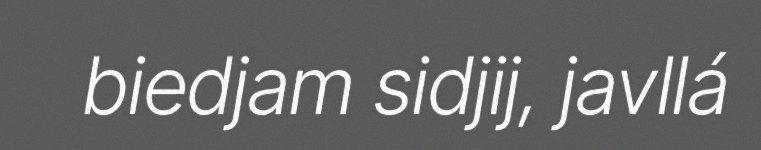
biedjam sidjij, javllá